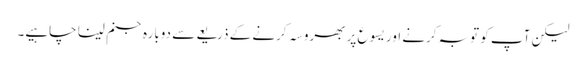
لیکن آپ کو توبہ کرنے اور یسوع پر بھروسہ کرنے کے ذریعے سے دوبارہ جنم لینا چاہیے۔